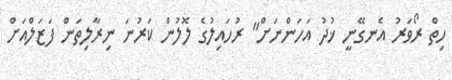
ހިތް ރޯވަރު އެނގޭނީ ޚުދު އަހަންނަށް" ރުހައިލުގެ ލޮލުން ކަރުނަ ނިރާލިތަން ފަޒަލްއަށް